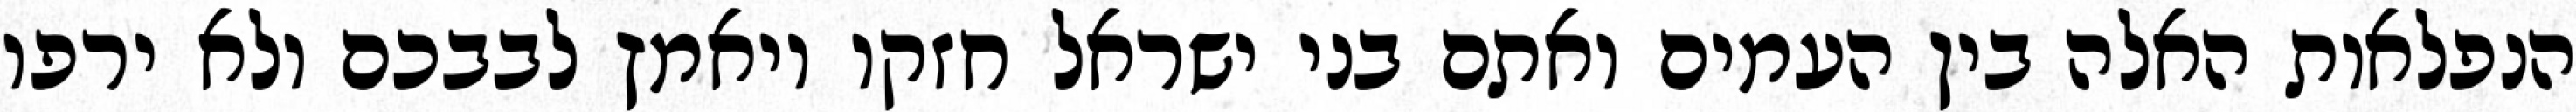
הנפלאות האלה בין העמים ואתם בני ישראל חזקו ויאמץ לבבכם ולא ירפו